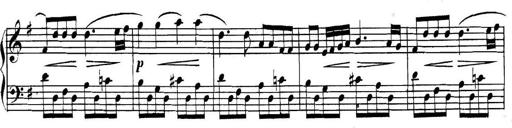
Title: Collected Piano Sonatas
Composer: Muzio Clementi